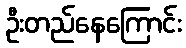
ဦးတည်နေကြောင်း